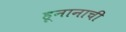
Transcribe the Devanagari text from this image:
हूनानाची